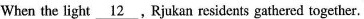
When the light \underline{12},Rjukan residents gathered together.